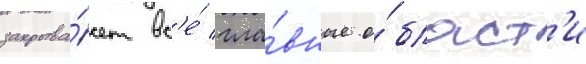
закрыва́ет вс'е́ гла́вные о́бласт'и